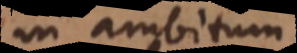
in ambitum